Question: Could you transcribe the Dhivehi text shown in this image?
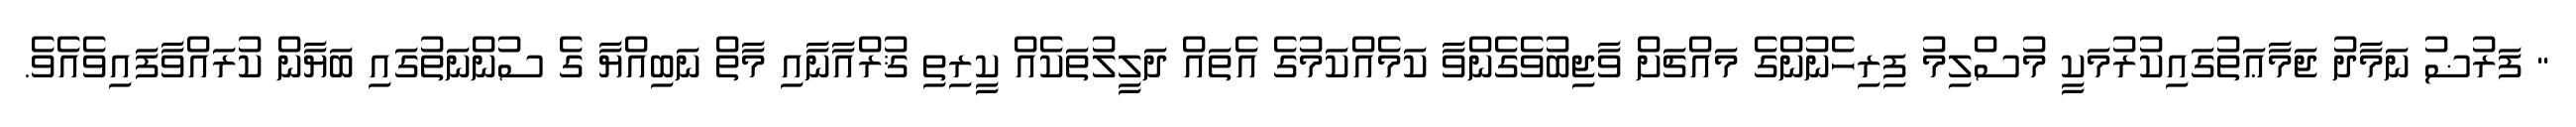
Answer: " ފަރުޟު ނަމާދު ޖަމާޢަތުގައިކުރުމަކީ މުސްލިމު ފިރިހެނުންގެ މައްޗަށް ވާޖިބުވެގެންވާ ކަމެއްކަމުގެ އެތައް ދަލީލުތަކެއް ކީރިތި ޤުރްއާނާއި މާތް ނަބިއްޔާ ގެ ސުންނަތުގައި ބަޔާން ކުރައްވާފައިވެއެވެ.